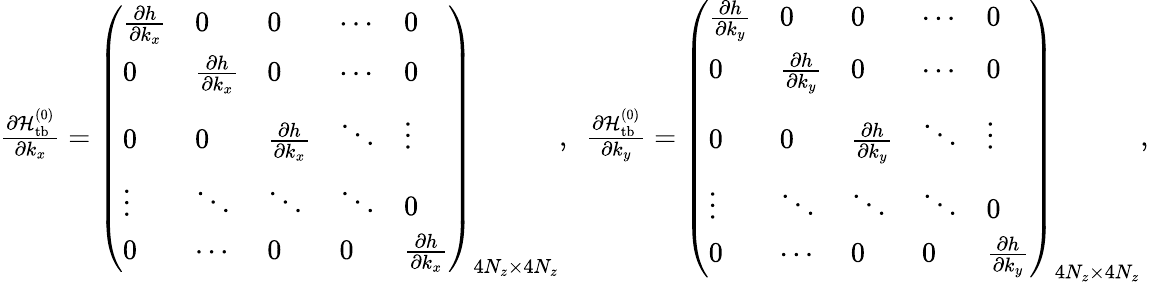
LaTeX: \begin{array}{r}{\frac{\partial{\cal H}_{\mathrm{tb}}^{(0)}}{\partial k_{x}}=\left(\begin{array}{lllll}{\frac{\partial h}{\partial k_{x}}}&{0}&{0}&{\cdots}&{0}\\ {0}&{\frac{\partial h}{\partial k_{x}}}&{0}&{\cdots}&{0}\\ {0}&{0}&{\frac{\partial h}{\partial k_{x}}}&{\ddots}&{\vdots}\\ {\vdots}&{\ddots}&{\ddots}&{\ddots}&{0}\\ {0}&{\cdots}&{0}&{0}&{\frac{\partial h}{\partial k_{x}}}\end{array}\right)_{4N_{z}\times 4N_{z}},~~\frac{\partial{\cal H}_{\mathrm{tb}}^{(0)}}{\partial k_{y}}=\left(\begin{array}{lllll}{\frac{\partial h}{\partial k_{y}}}&{0}&{0}&{\cdots}&{0}\\ {0}&{\frac{\partial h}{\partial k_{y}}}&{0}&{\cdots}&{0}\\ {0}&{0}&{\frac{\partial h}{\partial k_{y}}}&{\ddots}&{\vdots}\\ {\vdots}&{\ddots}&{\ddots}&{\ddots}&{0}\\ {0}&{\cdots}&{0}&{0}&{\frac{\partial h}{\partial k_{y}}}\end{array}\right)_{4N_{z}\times 4N_{z}},}\end{array}